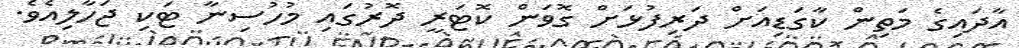
އާދައިގެ މަތިން ކާގަޑިއަށް ދަރިފުޅަށް ގޮވަން ކޮޓަރީ ދޮރުގައި މުހުސިނާ ޓަކި ޖަހާލިއެވެ.